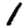
Digit: 1